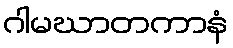
ဂါမဃာတကာနံ